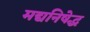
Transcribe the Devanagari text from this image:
मद्यनिषेद्ध